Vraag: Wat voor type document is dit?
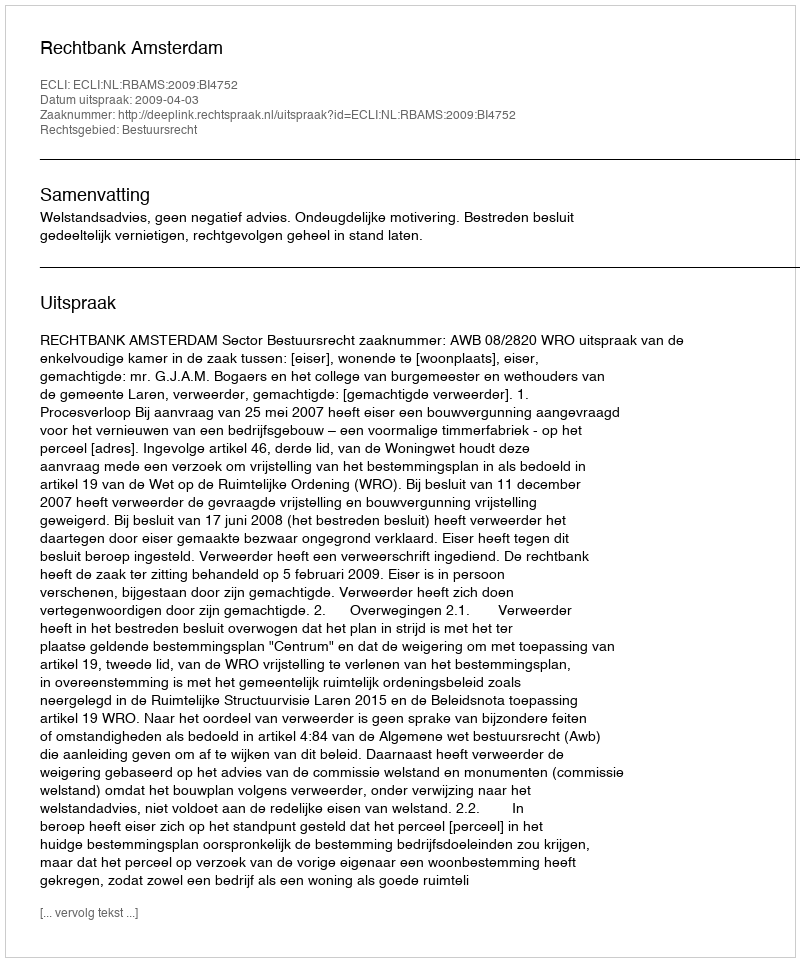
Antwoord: Uitspraak